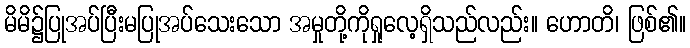
မိမိ၌ပြုအပ်ပြီးမပြုအပ်သေးသော အမှုတို့ကိုရှုလေ့ရှိသည်လည်း။ ဟောတိ၊ ဖြစ်၏။